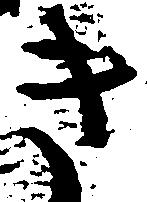
き